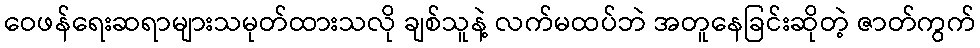
ဝေဖန်ရေးဆရာများသမုတ်ထားသလို ချစ်သူနဲ့ လက်မထပ်ဘဲ အတူနေခြင်းဆိုတဲ့ ဇာတ်ကွက်